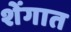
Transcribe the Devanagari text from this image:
शेंगात